Leaving Certificate Examination (including Day School Certificate (Higher) General paper), 1935
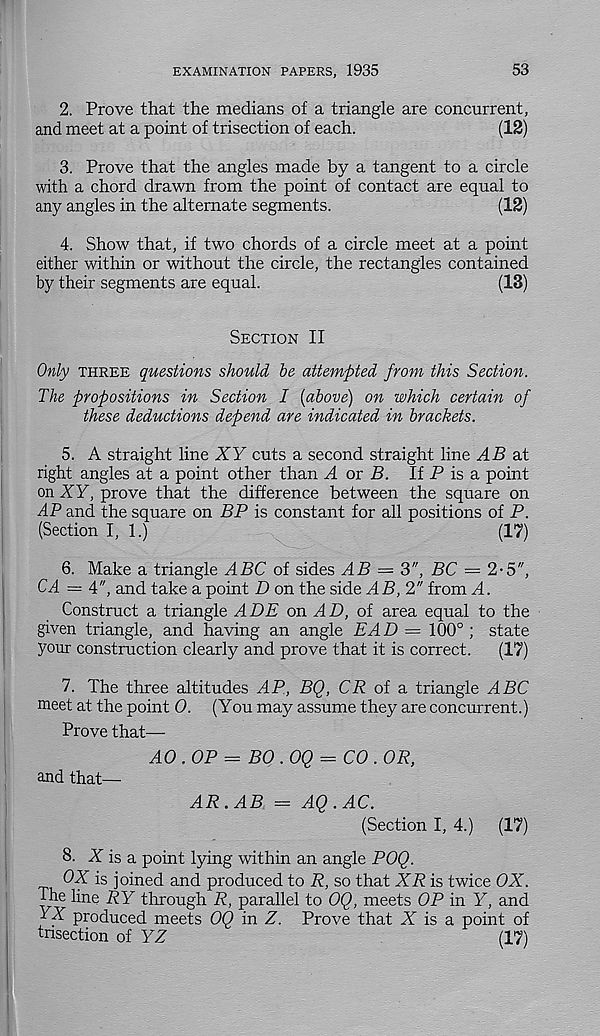
EXAMINATION PAPERS, 1935
53
2. Prove that the medians of a triangle are concurrent,
and meet at a point of trisection of each.
(12)
3. Prove that the angles made by a tangent to a circle
with a chord drawn from the point of contact are equal to
any angles in the alternate segments.
(12)
4. Show that, if two chords of a circle meet at a point
either within or without the circle, the rectangles contained
by their segments are equal.
(13)
Section II
Only three questions should be attempted from this Section.
The propositions in Section I {above) on which certain of
these deductions depend are indicated in brackets.
5. A straight line XY cuts a second straight line AB a.t
right angles at a point other than A or B. If P is a point
on XY, prove that the difference between the square on
AP and the square on BP is constant for all positions of P.
(Section I, 1.)
(17)
6. Make a triangle ABC of sides AB — 3", BC = 2-5",
CA = 4", and take a point D on the side MP, 2" from M.
Construct a triangle ADE on AD, of area equal to the
given triangle, and having an angle EAD = 100° ; state
your construction clearly and prove that it is correct.
(17)
7. The three altitudes AP, BQ, CP of a triangle ABC
meet at the point 0. (You may assume they are concurrent.)
Prove that—
AO .OP = BO .OQ = CO . OR,
and that—
AR.AB - AQ.AC.
(Section I, 4.)
(17)
8. X is a point lying within an angle POQ.
OX is joined and produced to R, so that XR is twice OX.
The line RY through P, parallel to OQ, meets OP in Y, and
YX produced meets OQ in Z. Prove that Y is a point of
tnsection of YZ
(17)